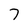
Character: 7